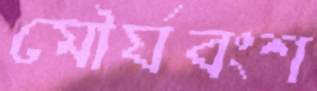
মৌর্যবংশ